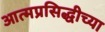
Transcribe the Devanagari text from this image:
आत्मप्रसिद्धीच्या